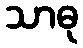
သာဓု